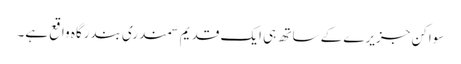
سواکن جزیرے کے ساتھ ہی ایک قدیم سمندری بندرگاہ واقع ہے۔